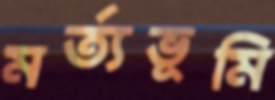
মর্ত্যভূমি